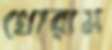
খোরাম